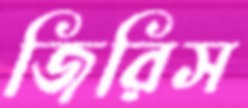
জিরিস